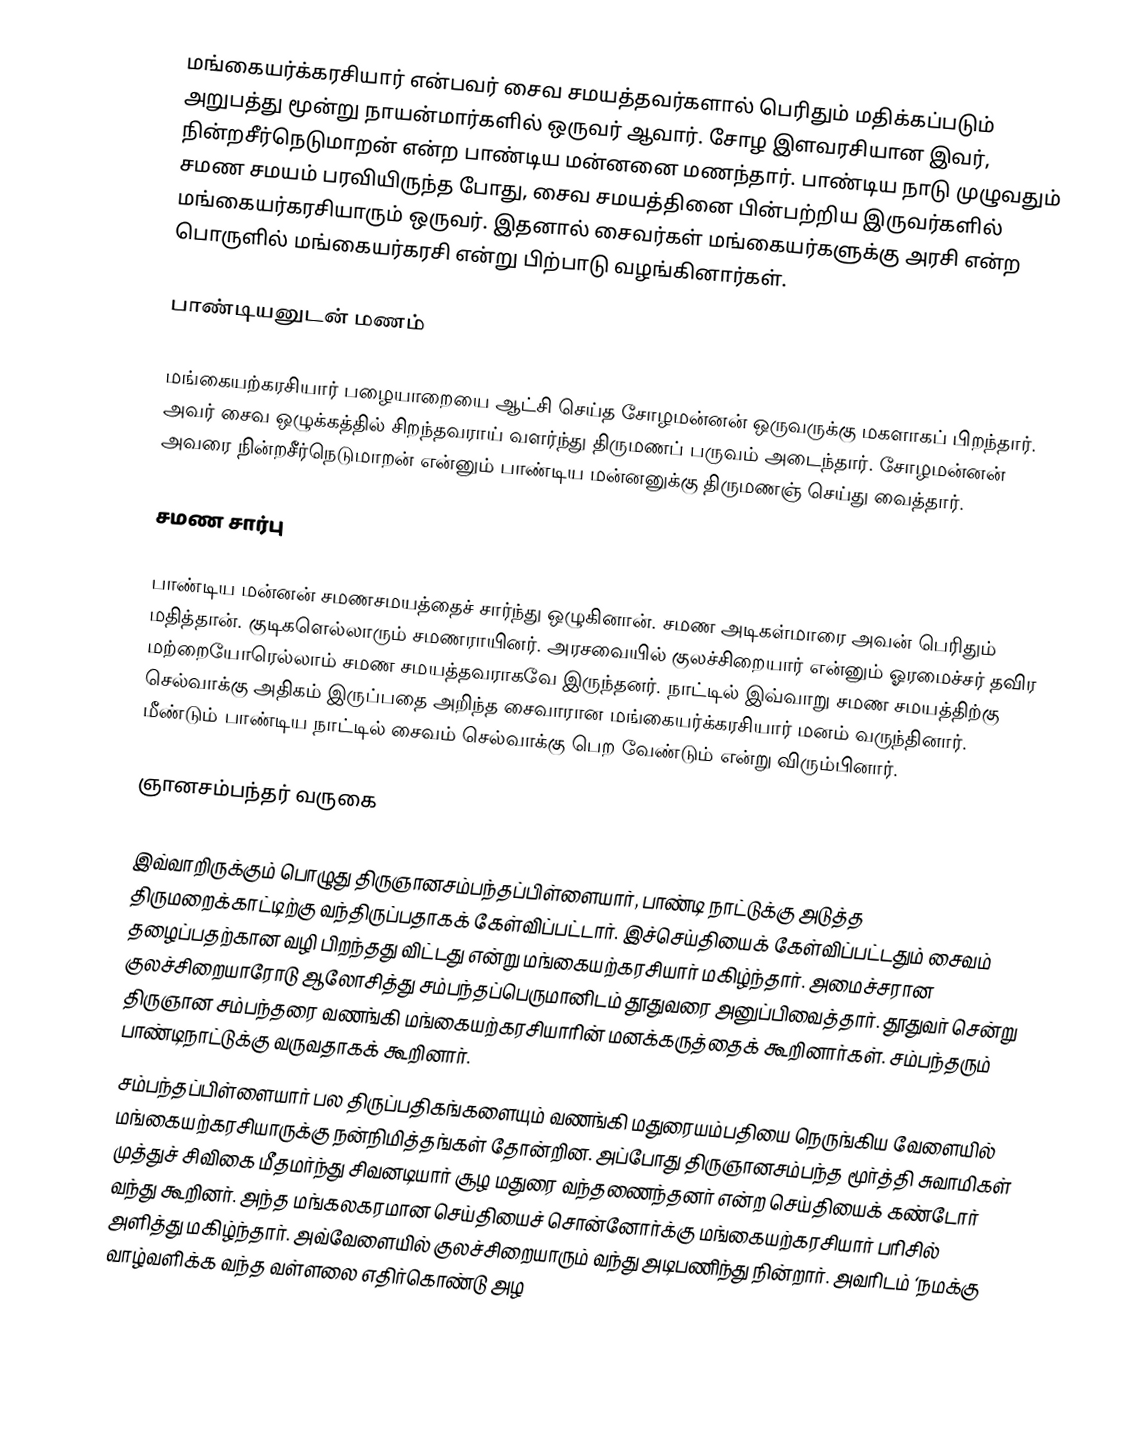
மங்கையர்க்கரசியார் என்பவர் சைவ சமயத்தவர்களால் பெரிதும் மதிக்கப்படும் அறுபத்து மூன்று நாயன்மார்களில் ஒருவர் ஆவார். சோழ இளவரசியான இவர், நின்றசீர்நெடுமாறன் என்ற பாண்டிய மன்னனை மணந்தார். பாண்டிய  நாடு முழுவதும் சமண சமயம் பரவியிருந்த போது, சைவ சமயத்தினை பின்பற்றிய  இருவர்களில் மங்கையர்கரசியாரும் ஒருவர். இதனால் சைவர்கள் மங்கையர்களுக்கு அரசி என்ற பொருளில் மங்கையர்கரசி என்று பிற்பாடு வழங்கினார்கள்.

பாண்டியனுடன் மணம்

மங்கையற்கரசியார் பழையாறையை ஆட்சி செய்த சோழமன்னன் ஒருவருக்கு மகளாகப் பிறந்தார். அவர் சைவ ஒழுக்கத்தில் சிறந்தவராய் வளர்ந்து திருமணப் பருவம் அடைந்தார். சோழமன்னன் அவரை நின்றசீர்நெடுமாறன் என்னும் பாண்டிய மன்னனுக்கு திருமணஞ் செய்து வைத்தார்.

சமண சார்பு

பாண்டிய மன்னன்  சமணசமயத்தைச் சார்ந்து ஒழுகினான். சமண அடிகள்மாரை அவன் பெரிதும் மதித்தான். குடிகளெல்லாரும் சமணராயினர். அரசவையில் குலச்சிறையார் என்னும் ஓரமைச்சர் தவிர மற்றையோரெல்லாம் சமண சமயத்தவராகவே இருந்தனர். நாட்டில் இவ்வாறு சமண சமயத்திற்கு செல்வாக்கு அதிகம் இருப்பதை அறிந்த  சைவாரான மங்கையர்க்கரசியார் மனம் வருந்தினார். மீண்டும் பாண்டிய நாட்டில் சைவம் செல்வாக்கு பெற வேண்டும் என்று விரும்பினார்.

ஞானசம்பந்தர் வருகை

இவ்வாறிருக்கும் பொழுது திருஞானசம்பந்தப்பிள்ளையார், பாண்டி நாட்டுக்கு அடுத்த திருமறைக்காட்டிற்கு வந்திருப்பதாகக் கேள்விப்பட்டார். இச்செய்தியைக் கேள்விப்பட்டதும் சைவம் தழைப்பதற்கான வழி பிறந்தது விட்டது என்று மங்கையற்கரசியார் மகிழ்ந்தார். அமைச்சரான குலச்சிறையாரோடு ஆலோசித்து சம்பந்தப்பெருமானிடம் தூதுவரை அனுப்பிவைத்தார். தூதுவர் சென்று திருஞான சம்பந்தரை வணங்கி மங்கையற்கரசியாரின் மனக்கருத்தைக் கூறினார்கள். சம்பந்தரும் பாண்டிநாட்டுக்கு வருவதாகக் கூறினார்.
சம்பந்தப்பிள்ளையார் பல திருப்பதிகங்களையும் வணங்கி மதுரையம்பதியை நெருங்கிய வேளையில் மங்கையற்கரசியாருக்கு நன்நிமித்தங்கள் தோன்றின. அப்போது திருஞானசம்பந்த மூர்த்தி சுவாமிகள் முத்துச் சிவிகை மீதமர்ந்து சிவனடியார் சூழ மதுரை வந்தணைந்தனர் என்ற செய்தியைக் கண்டோர் வந்து கூறினர். அந்த மங்கலகரமான செய்தியைச் சொன்னோர்க்கு மங்கையற்கரசியார் பரிசில் அளித்து மகிழ்ந்தார். அவ்வேளையில் குலச்சிறையாரும் வந்து அடிபணிந்து நின்றார். அவரிடம் ‘நமக்கு வாழ்வளிக்க வந்த வள்ளலை எதிர்கொண்டு அழ